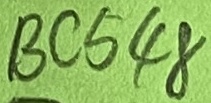
Text: BC548